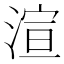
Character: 渲